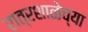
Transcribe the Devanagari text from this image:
रात्रशाळेच्या